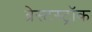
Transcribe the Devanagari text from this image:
ब्रेस्टस्ट्रॉक